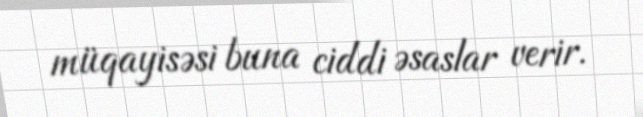
müqayisəsi buna ciddi əsaslar verir.